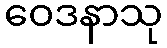
ဝေဒနာသု